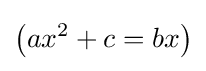
\left(ax^{2}+c=bx\right)